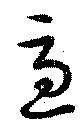
急